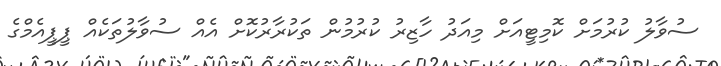
ސުވާލު ކުރުމަށް ކޮމިޓީއަށް މިއަދު ހާޒިރު ކުރުމުން ތަކުރާރުކޮށް އެއް ސުވާލުތަކެއް ޕީޕީއެމްގެ